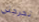
تحرجني